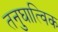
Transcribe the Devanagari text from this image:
तनुघात्विक